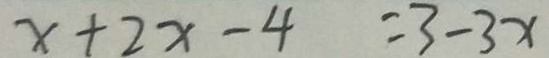
x + 2 x - 4 = 3 - 3 x